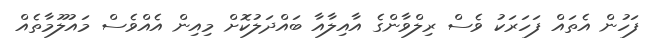
ފަހުން އެތައް ފަހަރަކު ވެސް ރިލްވާންގެ އާއިލާއާ ބައްދަލުކޮށް މިއިން އެއްވެސް މައުލޫމާތެއް